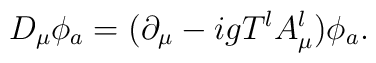
D_{\mu}\phi_{a}=(\partial_{\mu}-igT^{l}A^{l}_{\mu})\phi_{a}.